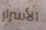
الأسرار